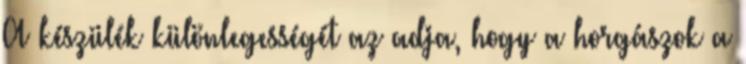
A készülék különlegességét az adja, hogy a horgászok a